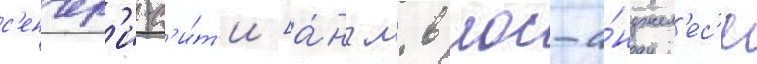
с'енчер'и-с'и́т'и [а́нгл. в лос-а́нджел'ес'е